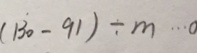
( 1 3 0 - 9 1 ) \div m \cdots 0